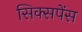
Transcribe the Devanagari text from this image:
सिक्सपेंस